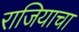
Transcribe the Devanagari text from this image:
राजियाचा